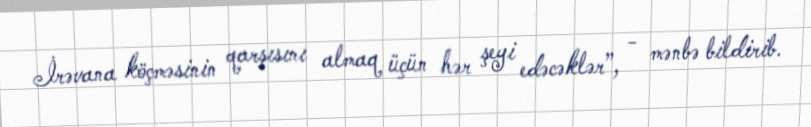
İrəvana köçməsinin qarşısını almaq üçün hər şeyi edəcəklər”, - mənbə bildirib.